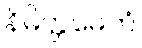
နိမိတ္တမေတံ